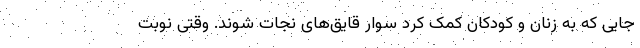
جایی که به زنان و کودکان کمک کرد سوار قایق‌های نجات شوند. وقتی نوبت